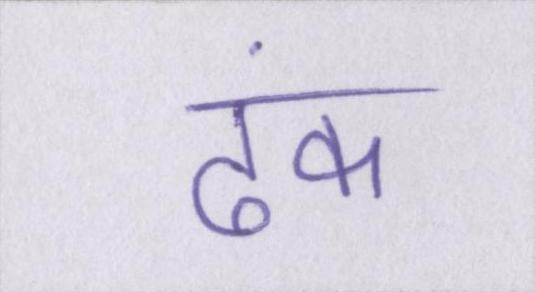
ढंक